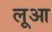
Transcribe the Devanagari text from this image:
लूआ